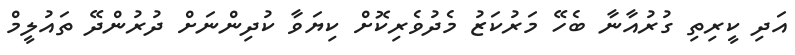
އަދި ކީރިތި ގުރުއާނާ ބެހޭ މަރުކަޒު މެދުވެރިކޮށް ކިޔަވާ ކުދިންނަށް ދުރުންދޭ ތައުލީމް